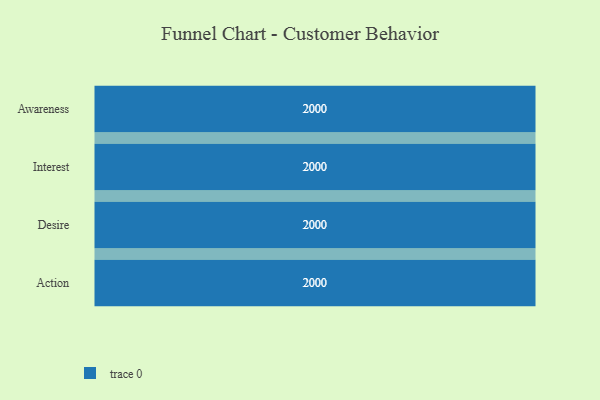
{"axis": {"x": "Stage", "y": "Value"}, "legend": [""], "data": [{"x": "Awareness", "y": 2000, "type": ""}, {"x": "Interest", "y": 2000, "type": ""}, {"x": "Desire", "y": 2000, "type": ""}, {"x": "Action", "y": 2000, "type": ""}]}